Scientific memoirs by medical officers of the Army of India - Part X,
Year: 1897
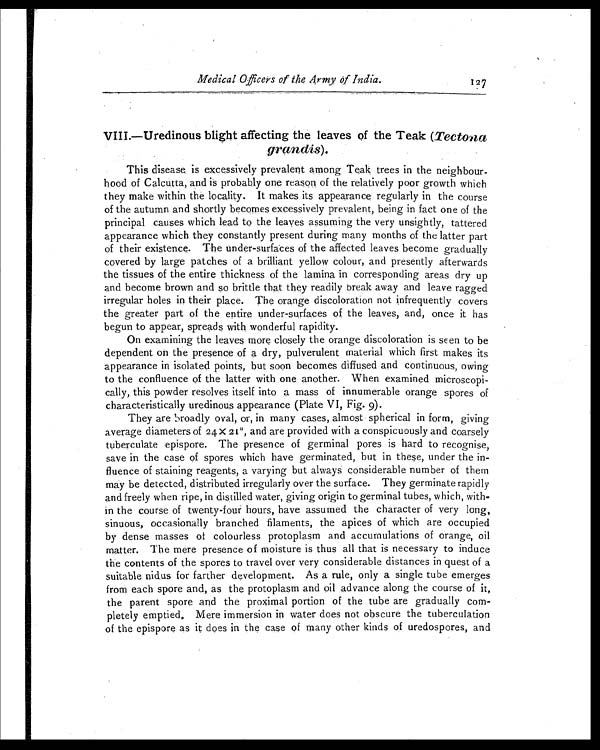
Medical Officers of the Army Of India.
127
VIII.—Uredinous blight affecting the leaves of the Teak ( Tectona
grandis).
This disease is excessively prevalent among Teak trees in the neighbour
-hood of Calcutta, and is probably one reason of the relatively poor growth which
they make within the locality. It makes its appearance regularly in the course
of the autumn and shortly becomes excessively prevalent, being in fact one of the
principal causes which lead to the leaves assuming the very unsightly, tattered
appearance which they constantly present during many months of the latter part
of their existence. The under-surfaces of the affected leaves become gradually
covered by large patches of a brilliant yellow colour, and presently afterwards
the tissues of the entire thickness of the lamina in corresponding areas dry up
and become brown and so brittle that they readily break away and leave ragged
irregular holes in their place. The orange discoloration not infrequently covers
the greater part of the entire under-surfaces of the leaves, and, once it has
begun to appear, spreads with wonderful rapidity.
On examining the leaves more closely the orange discoloration is seen to be
dependent on the presence of a dry, pulverulent material which first makes its
appearance in isolated points, but soon becomes diffused and continuous, owing
to the confluence of the latter with one another. When examined microscopi
-cally, this powder resolves itself into a mass of innumerable orange spores of
characteristically uredinous appearance (Plate VI, Fig. 9).
They are broadly oval, or, in many cases, almost spherical in form, giving
average diameters of 24 X 21 u, and are provided with a conspicuously and coarsely
tuberculate epispore. The presence of germinal pores is hard to recognise,
save in the case of spores which have germinated, but in these, under the in-
fluence of staining reagents, a varying but always considerable number of them
may be detected, distributed irregularly over the surface. They germinate rapidly
and freely when ripe, in distilled water, giving origin to germinal tubes, which, with
-in the course of twenty-four hours, have assumed the character of very long,
sinuous, occasionally branched filaments, the apices of which are occupied
by dense masses of colourless protoplasm and accumulations of orange, oil
matter. The mere presence of moisture is thus all that is necessary to induce
the contents of the spores to travel over very considerable distances in quest of a
suitable nidus for farther development. As a rule, only a single tube emerges
from each spore and, as the protoplasm and oil advance along the course of it,
the parent spore and the proximal portion of the tube are gradually com
-pletely emptied. Mere immersion in water does not obscure the tuberculation
of the epispore as it does in the case of many other kinds of uredospores, and